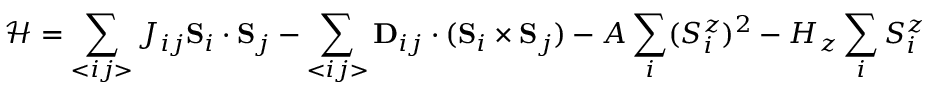
\mathcal { H } = \sum _ { < i j > } J _ { i j } \mathbf { S } _ { i } \cdot \mathbf { S } _ { j } - \sum _ { < i j > } \mathbf { D } _ { i j } \cdot ( \mathbf { S } _ { i } \times \mathbf { S } _ { j } ) - A \sum _ { i } ( S _ { i } ^ { z } ) ^ { 2 } - H _ { z } \sum _ { i } S _ { i } ^ { z }